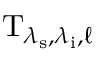
\mathrm { T } _ { \lambda _ { \mathrm { s } } , \lambda _ { \mathrm { i } } , \ell }